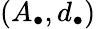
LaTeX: (A_{\bullet},d_{\bullet})